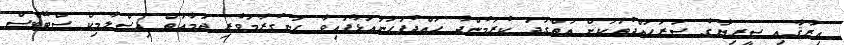
އިރާޤާއި ސީރިޔާގެ ސަރަހައްދުތަކަށް އަތްގަދަ ކުރަމުންދާ ހައްދުފަހަނައަޅާފައިވާ ހަނގުރާމަވެރި ޖަމާޢަތް އިސްލާމިކް ސްޓޭޓްސް